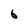
Character: 6